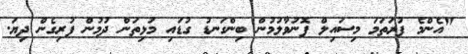
"އެންމެ ފުރަތަމަ މިސައިލް ފޮނުވާލުމުން ބިންގަނޑު ގުޑައި މުޅިތަން ދުމުން ފުރިގެން ދިޔަ.